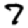
Digit: 7